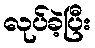
လုပ်ခဲ့ပြီး